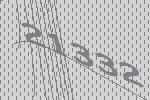
21332